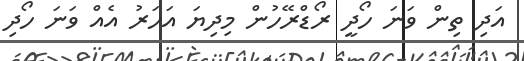
އަދި ތިން ވަނަ ހޯދީ ރޯޑްރޭހުން މިދިޔަ އަހަރު އެއް ވަނަ ހޯދި